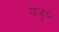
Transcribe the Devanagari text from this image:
यजु०